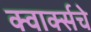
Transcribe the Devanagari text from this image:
क्वार्क्सचे